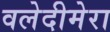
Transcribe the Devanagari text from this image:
वलेदीमेरा